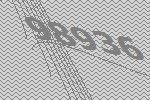
98936